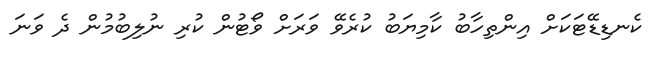
ކެނޑިޑޭޓަކަށް އިންތިހާބު ކާމިޔަބު ކުރެވޭ ވަރަށް ވޯޓުން ކުރި ނުލިބުމުން ދެ ވަނަ